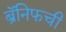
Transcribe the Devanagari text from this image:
ब्रॅनिफची